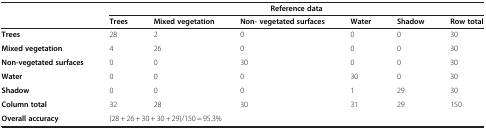
<table><thead><tr><td><b> </b></td><td colspan="6"><b>Reference data</b></td></tr><tr><td><b> </b></td><td><b>Trees</b></td><td><b>Mixed vegetation</b></td><td><b>Non- vegetated surfaces</b></td><td><b>Water</b></td><td><b>Shadow</b></td><td><b>Row total</b></td></tr></thead><tbody><tr><td><b>Trees</b></td><td>28</td><td>2</td><td>0</td><td>0</td><td>0</td><td>30</td></tr><tr><td><b>Mixed vegetation</b></td><td>4</td><td>26</td><td>0</td><td>0</td><td>0</td><td>30</td></tr><tr><td><b>Non-vegetated surfaces</b></td><td>0</td><td>0</td><td>30</td><td>0</td><td>0</td><td>30</td></tr><tr><td><b>Water</b></td><td>0</td><td>0</td><td>0</td><td>30</td><td>0</td><td>30</td></tr><tr><td><b>Shadow</b></td><td>0</td><td>0</td><td>0</td><td>1</td><td>29</td><td>30</td></tr><tr><td><b>Column total</b></td><td>32</td><td>28</td><td>30</td><td>31</td><td>29</td><td>150</td></tr><tr><td><b>Overall accuracy</b></td><td>(28 + 26 + 30 + 30 + 29)/150 = 95.3%</td><td> </td><td> </td><td> </td><td> </td><td> </td></tr></tbody></table>